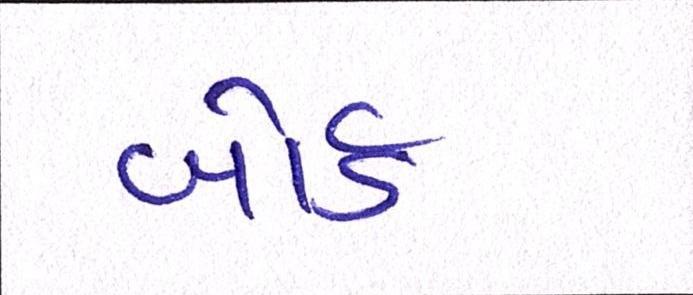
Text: બોર્ડ